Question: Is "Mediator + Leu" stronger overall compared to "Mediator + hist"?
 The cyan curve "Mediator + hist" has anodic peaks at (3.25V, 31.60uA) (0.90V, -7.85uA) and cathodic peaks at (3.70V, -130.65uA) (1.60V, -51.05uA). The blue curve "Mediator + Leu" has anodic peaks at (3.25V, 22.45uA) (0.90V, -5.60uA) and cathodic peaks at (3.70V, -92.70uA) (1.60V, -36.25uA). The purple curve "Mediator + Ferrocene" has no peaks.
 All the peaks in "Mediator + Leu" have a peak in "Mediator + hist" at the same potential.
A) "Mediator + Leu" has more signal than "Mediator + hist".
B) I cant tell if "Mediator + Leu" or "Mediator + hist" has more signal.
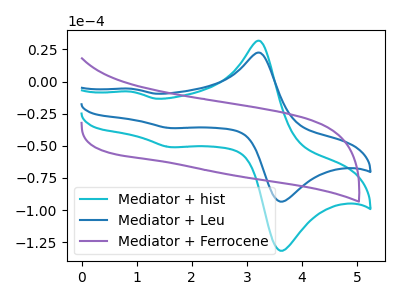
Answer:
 <answer>B) I cant tell if "Mediator + Leu" or "Mediator + hist" has more signal.</answer>
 <eval>B</eval>